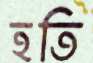
হতি